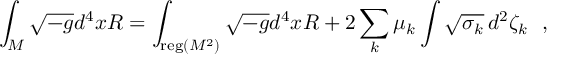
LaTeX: \int _ { \cal M } \sqrt { - g } d ^ { 4 } x R = \int _ { { \mathrm { \small { r e g } } } ( M ^ { 2 } ) } \sqrt { - g } d ^ { 4 } x R + 2 \sum _ { k } \mu _ { k } \int \sqrt { \sigma _ { k } } \, d ^ { 2 } \zeta _ { k } ~ ~ ,